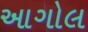
આગોલ